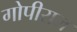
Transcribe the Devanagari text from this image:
गोपीराज